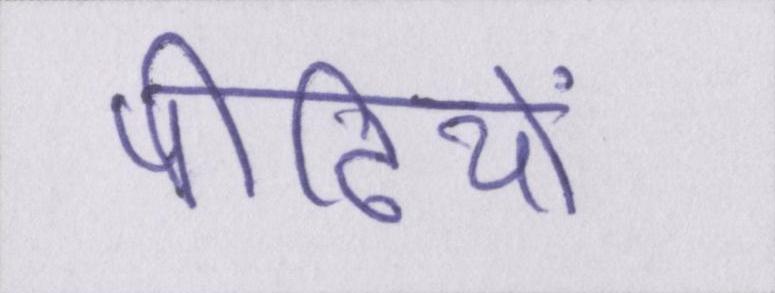
पीढ़ियों